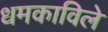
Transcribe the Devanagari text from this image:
धमकाविले